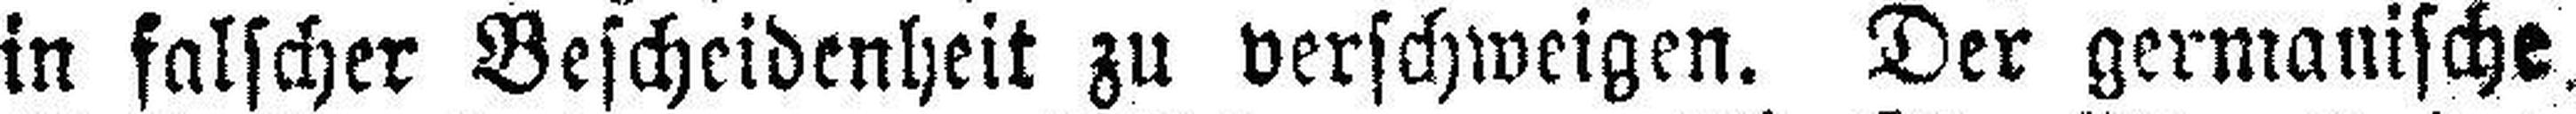
in falscher Bescheidenheit zu verschweigen. Der germanische.